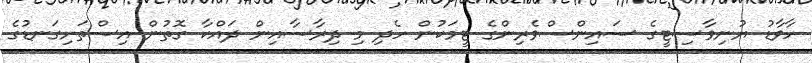
ހާވާޑު ޔުނިވާސިޓީގެ ސައިންސްވެރިންގެ ޓީމަކުން ހެދި މި ދިރާސާއިން ދައްކާ ގޮތުން އިސްތަށިގަނޑުގެ